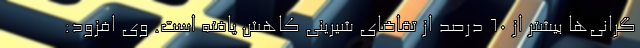
گرانی‌ها بیشتر از 60 درصد از تقاضای شیرینی کاهش یافته است. وی افزود: